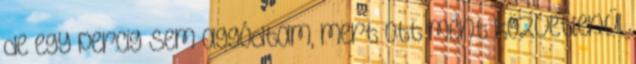
de egy percig sem aggódtam, mert ott ment közvetlenül